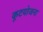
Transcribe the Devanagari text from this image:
कूटयोजना